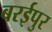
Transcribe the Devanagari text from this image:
बरईपुर